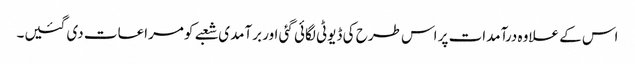
اس کے علاوہ درآمدات پر اس طرح کی ڈیوٹی لگائی گئی اور برآمدی شعبے کو مراعات دی گئیں۔